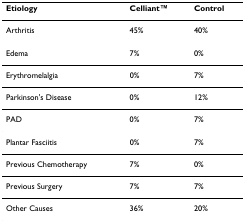
<table><thead><tr><td><b>Etiology</b></td><td><b>CelliantTM</b></td><td><b>Control</b></td></tr></thead><tbody><tr><td>Arthritis</td><td>45%</td><td>40%</td></tr><tr><td>Edema</td><td>7%</td><td>0%</td></tr><tr><td>Erythromelalgia</td><td>0%</td><td>7%</td></tr><tr><td>Parkinson&#x27;s Disease</td><td>0%</td><td>12%</td></tr><tr><td>PAD</td><td>0%</td><td>7%</td></tr><tr><td>Plantar Fasciitis</td><td>0%</td><td>7%</td></tr><tr><td>Previous Chemotherapy</td><td>7%</td><td>0%</td></tr><tr><td>Previous Surgery</td><td>7%</td><td>7%</td></tr><tr><td>Other Causes</td><td>36%</td><td>20%</td></tr></tbody></table>